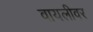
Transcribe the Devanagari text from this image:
वायलीवर